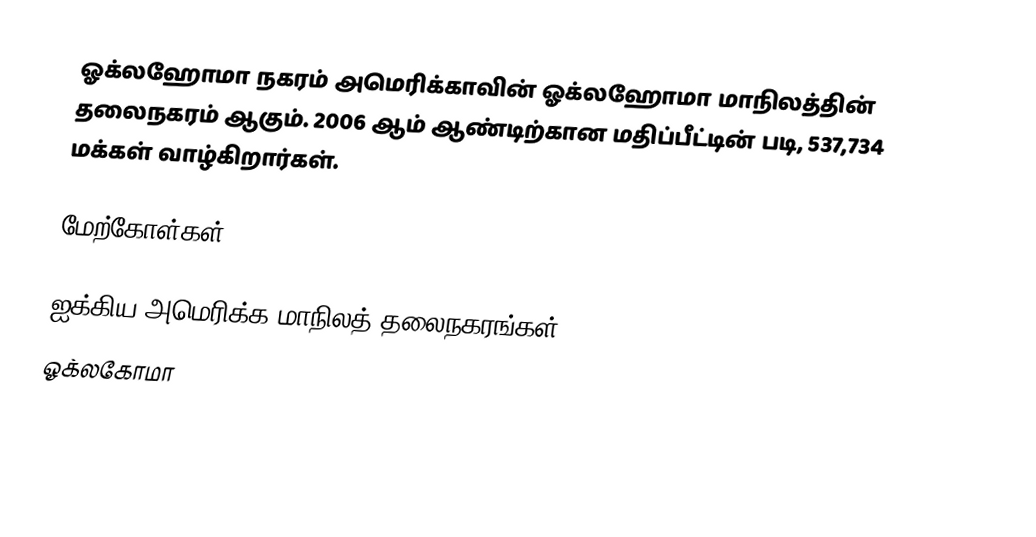
ஓக்லஹோமா நகரம் அமெரிக்காவின் ஓக்லஹோமா மாநிலத்தின் தலைநகரம் ஆகும். 2006 ஆம் ஆண்டிற்கான மதிப்பீட்டின் படி, 537,734 மக்கள் வாழ்கிறார்கள்.

மேற்கோள்கள்

ஐக்கிய அமெரிக்க மாநிலத் தலைநகரங்கள்
ஓக்லகோமா